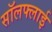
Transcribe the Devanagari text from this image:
सॉलफ्लाई